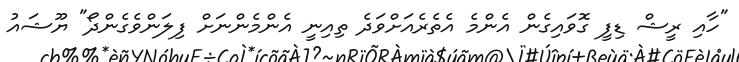
"ހާއި ރީޝް ޑިފީ ގޮވައިގެން އެންމެ އެތެރެއަށްވަދެ ތިއިނީ އެންމެންނަށް ފިލަންވެގެންދޯ" ޔޫޝައު